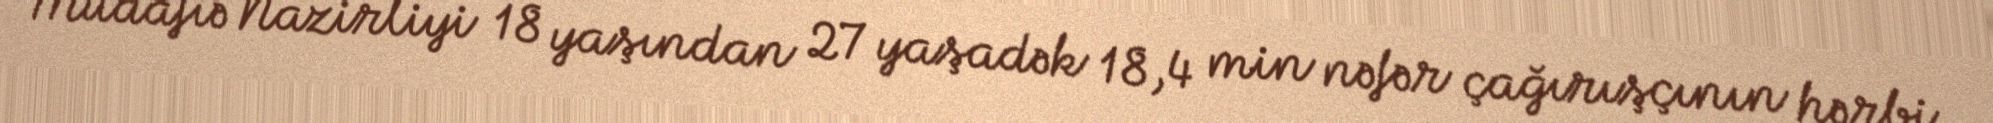
Müdafiə Nazirliyi 18 yaşından 27 yaşadək 18,4 min nəfər çağırışçının hərbi